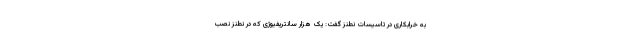
به خرابکاری در تاسیسات نطنز گفت: یک هزار سانتریفیوژی که در نطنز نصب